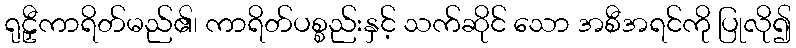
ရုဠှီကာရိတ်မည်၏၊ ကာရိတ်ပစ္စည်းနှင့် သက်ဆိုင် သော အစီအရင်ကို ပြုလို၍